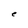
Character: e